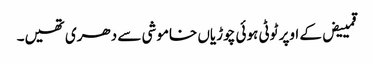
قمییض کے اوپر ٹوٹی ہوئی چوڑیاں خاموشی سے دھری تھیں۔